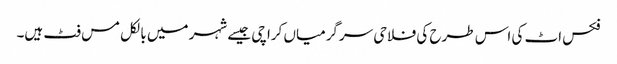
فکس اٹ کی اس طرح کی فلاحی سرگرمیاں کراچی جیسے شہر میں بالکل مس فٹ ہیں۔